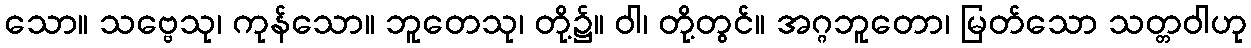
သော။ သဗ္ဗေသု၊ ကုန်သော။ ဘူတေသု၊ တို့၌။ ဝါ၊ တို့တွင်။ အဂ္ဂဘူတော၊ မြတ်သော သတ္တဝါဟု